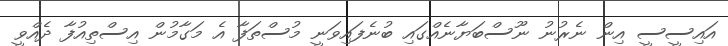
އައިސީސީ އިން ނެރުނު ނޫސްބަޔާނެއްގައި ބުނެފައިވަނީ މުސްތަފާ އެ މަގާމުން އިސްތިއުފާ ދެއްވީ